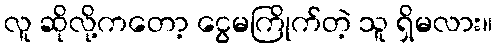
လူ ဆိုလို့ကတော့ ငွေမကြိုက်တဲ့ သူ ရှိမလား။